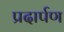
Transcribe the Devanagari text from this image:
प्रदार्पण